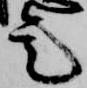
是